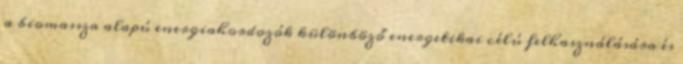
a biomassza alapú energiahordozók különböző energetikai célú felhasználására és